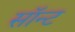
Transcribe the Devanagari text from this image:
सॉन्ट